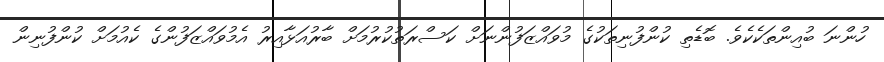
ހުންނަ ބުއިންތަކެކެވެ. ބޮޑެތި ކުންފުނިތަކުގެ މުވައްޒަފުންނަށް ކަސްރަތުކުރުމަށް ބާރުއަޅާއިރު އެމުވައްޒަފުންގެ ކެއުމަށް ކުންފުނިން